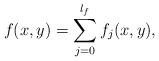
LaTeX: \begin{align*}f(x,y)=\sum_{j=0}^{l_f} f_j(x,y),\end{align*}